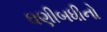
ઘણીબધીનો